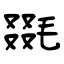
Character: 毲